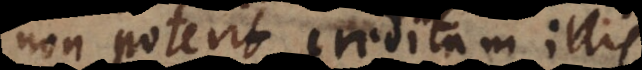
non poterit creditum illis